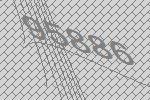
95886